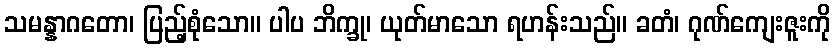
သမန္နာဂတော၊ ပြည့်စုံသော။ ပါပ ဘိက္ခု၊ ယုတ်မာသော ရဟန်းသည်။ ခတံ၊ ဂုဏ်ကျေးဇူးကို